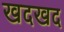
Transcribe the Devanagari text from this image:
खदखद